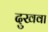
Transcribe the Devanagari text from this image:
दुखवा